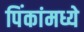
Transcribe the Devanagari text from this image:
पिंकांमध्ये